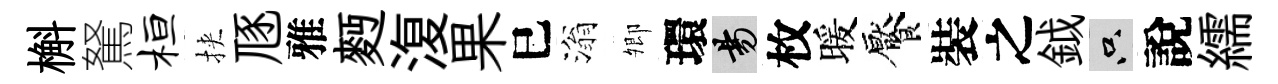
槲駑桓挾豗雅麪𣸪果巳滃𡖖環昜枚暖饜裝之鉞只說繻